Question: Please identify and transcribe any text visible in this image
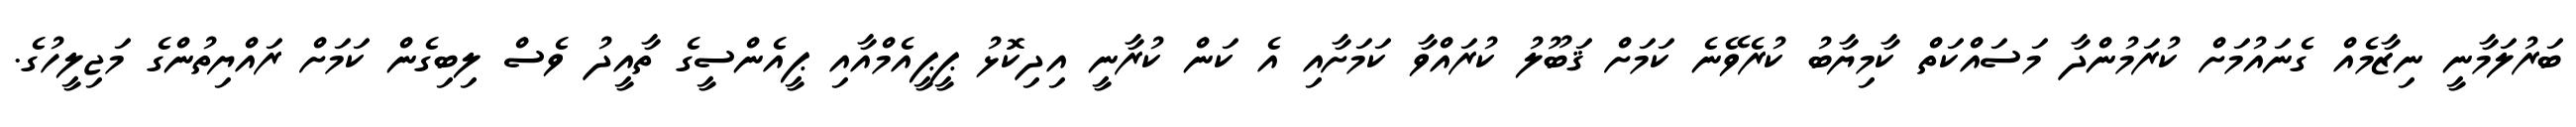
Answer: ބަރުލަމާނީ ނިޒާމެއް ގެނައުމަށް ކުރަމުންދާ މަސައްކަތް ކާމިޔާބު ކުރެވޭނެ ކަމަށް ޤަބޫލު ކުރައްވާ ކަމަށާއި އެ ކަން ކުރާނީ އިދިކޮޅު ޕީޕީއެމްއާއި ޕީއެންސީގެ ތާއީދު ވެސް ލިބިގެން ކަމަށް ރައްޔިތުންގެ މަޖިލީހުގެ.